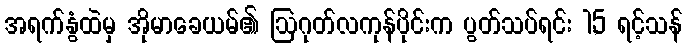
အရက်နွံထဲမှ အိုမာခေယမ်၏ ဩဂုတ်လကုန်ပိုင်းက ပွတ်သပ်ရင်း 1,5 ရင့်သန်